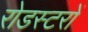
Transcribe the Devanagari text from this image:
रोडस्टरों